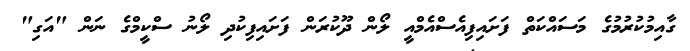
ގާއިމުކުރުމުގެ މަސައްކަތް ފަށައިފިއެސްއެމްއީ ލޯން ދޫކުރަން ފަށައިފިކުދި ލޯނު ސްކީމްގެ ނަން "އަގި"